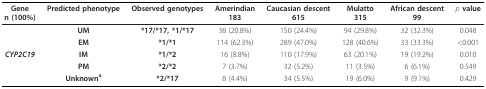
<table><thead><tr><td><b>Genen (100%)</b></td><td><b>Predicted phenotype</b></td><td><b>Observed genotypes</b></td><td><b>Amerindian183</b></td><td><b>Caucasian descent615</b></td><td><b>Mulatto315</b></td><td><b>African descent99</b></td><td><b><i>p </i>value</b></td></tr></thead><tbody><tr><td></td><td><b>UM</b></td><td><b>*17/*17, *1/*17</b></td><td>38 (20.8%)</td><td>150 (24.4%)</td><td>94 (29.8%)</td><td>32 (32.3%)</td><td>0.048</td></tr><tr><td></td><td><b>EM</b></td><td><b>*1/*1</b></td><td>114 (62.3%)</td><td>289 (47.0%)</td><td>128 (40.6%)</td><td>33 (33.3%)</td><td>&lt;0.001</td></tr><tr><td><b><i>CYP2C19</i></b></td><td><b>IM</b></td><td><b>*1/*2</b></td><td>16 (8.8%)</td><td>110 (17.9%)</td><td>63 (20.1%)</td><td>19 (19.2%)</td><td>0.010</td></tr><tr><td></td><td><b>PM</b></td><td><b>*2/*2</b></td><td>7 (3.7%)</td><td>32 (5.2%)</td><td>11 (3.5%)</td><td>6 (6.1%)</td><td>0.549</td></tr><tr><td></td><td><b>Unknown</b><sup><b>a</b></sup></td><td><b>*2/*17</b></td><td>8 (4.4%)</td><td>34 (5.5%)</td><td>19 (6.0%)</td><td>9 (9.1%)</td><td>0.429</td></tr></tbody></table>